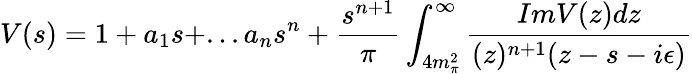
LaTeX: V(s)=1+a_{1}s+...a_{n}s^{n}+\frac{s^{n+1}}{\pi}\int_{4m_{\pi}^{2}}^{\infty}\frac{ImV(z)dz}{(z)^{n+1}(z-s-i\epsilon)}